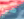
هي